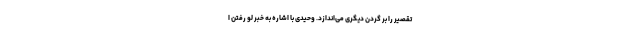
تقصیر را بر گردن دیگری می‌اندازد. وحیدی با اشاره به خبر لو رفتن ا